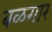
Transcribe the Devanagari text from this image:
बळगार